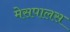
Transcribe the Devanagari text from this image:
मेसपालस